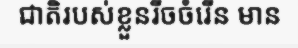
ជាតិរបស់ខ្លួនរីចចំរើន មាន